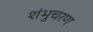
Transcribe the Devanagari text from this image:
शंभुचरण